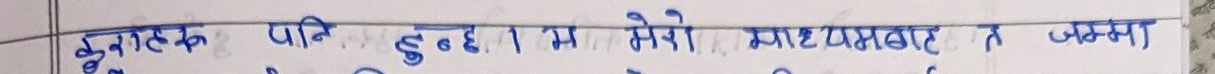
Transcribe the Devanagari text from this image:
बुनाइहरु पनि हुन्छ । म मेरो साथ प्रभाब न जम्मा